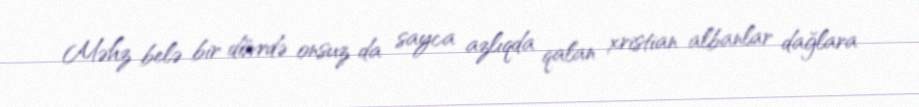
Məhz belə bir dövrdə onsuz da sayca azlıqda qalan xristian albanlar dağlara